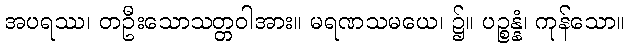
အပရဿ၊ တဦးသောသတ္တဝါအား။ မရဏသမယေ၊ ၌။ ပဉ္စန္နံ၊ ကုန်သော။